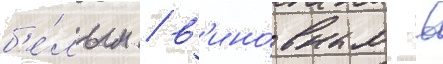
б'е́лым / в'ино́вным в